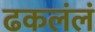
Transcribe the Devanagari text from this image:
ढकलंलं